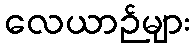
လေယာဉ်များ